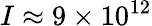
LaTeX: I\approx 9\times 10^{12}